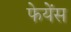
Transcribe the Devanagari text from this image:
फेयेंस